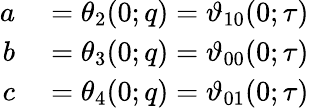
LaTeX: \begin{array}{rl}{a}&{{}=\theta_{2}(0;q)=\vartheta_{10}(0;\tau)}\\ {b}&{{}=\theta_{3}(0;q)=\vartheta_{00}(0;\tau)}\\ {c}&{{}=\theta_{4}(0;q)=\vartheta_{01}(0;\tau)}\end{array}